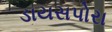
ડાયસપોરા